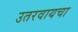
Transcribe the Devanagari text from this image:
उतरवायचा